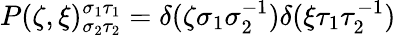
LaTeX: P(\zeta,\xi)_{\sigma_{2}\tau_{2}}^{\sigma_{1}\tau_{1}}=\delta(\zeta\sigma_{1}\sigma_{2}^{-1})\delta(\xi\tau_{1}\tau_{2}^{-1})